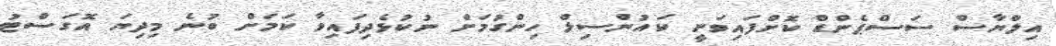
އިލްޔާސް ސަސްޕެންޑް ކޮށްފައިވަނީ ކައުންސިލް ހިންގުމަށް ނުކުޅެދިފައިވާ ކަމަށް ބުނެ މިދިޔަ އޮގަސްޓު